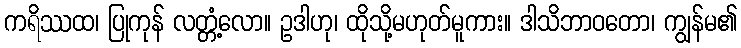
ကရိဿထ၊ ပြုကုန် လတ္တံ့လော။ ဥဒါဟု၊ ထိုသို့မဟုတ်မူကား။ ဒါသိဘာဝတော၊ ကျွန်မ၏